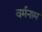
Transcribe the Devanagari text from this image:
वर्मनाम